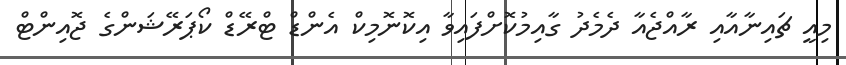
މިއީ ޗައިނާއާއި ރާއްޖެއާ ދެމެދު ގާއިމުކޮށްފައިވާ އިކޮނޮމިކް އެންޑް ޓްރޭޑް ކޯޕަރޭޝަންގެ ޖޮއިންޓް